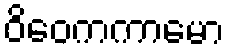
ဝိဝေကကာမော